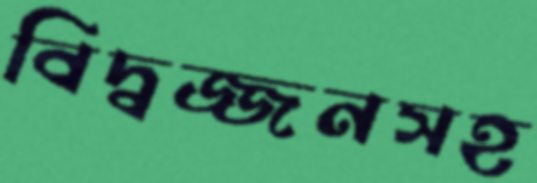
বিদ্বজ্জনসহ